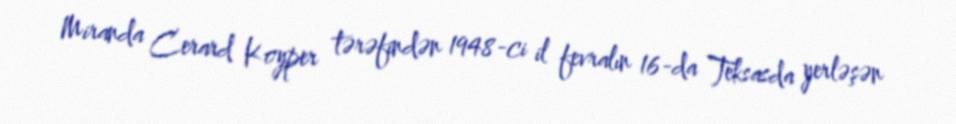
Miranda Cerard Koyper tərəfindən 1948-ci il fevralın 16-da Teksasda yerləşən